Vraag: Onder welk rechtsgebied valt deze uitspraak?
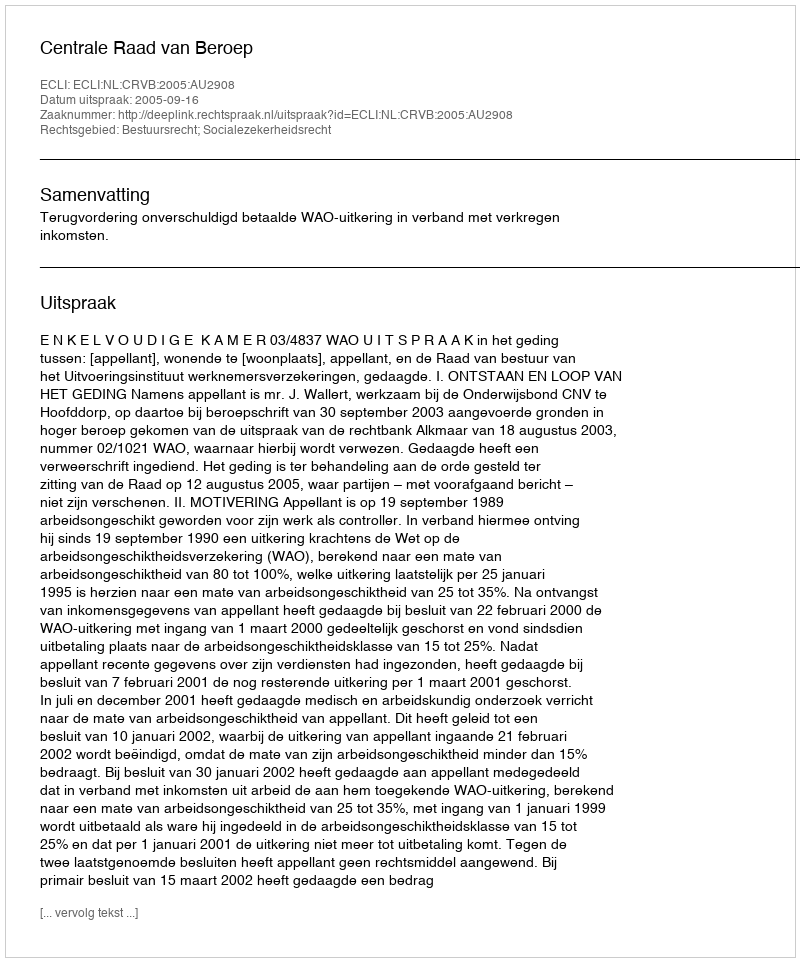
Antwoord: Bestuursrecht; Socialezekerheidsrecht